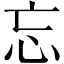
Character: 忘